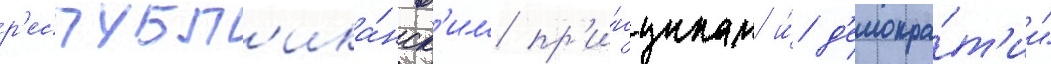
р'еспубл'ика́нск'им пр'и́нципам и́ д'емокра́т'ии"